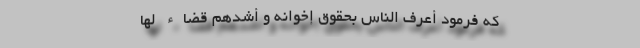
که فرمود أعْرَفُ النّاسِ بحُقوقِ إخْوانِهِ و أشَدُّهُم قَضاءً لَها